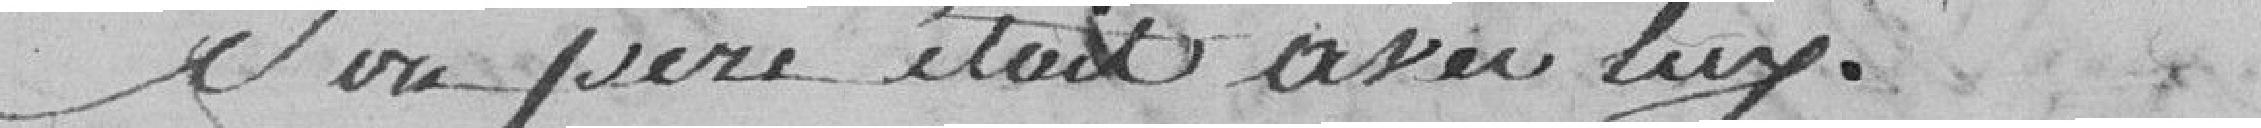
son père était avec lui.